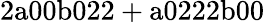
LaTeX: \mathrm{2a00b022+a0222b00}